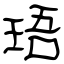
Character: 珸